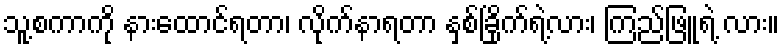
သူ့စကာကို နားထောင်ရတာ၊ လိုက်နာရတာ နှစ်ခြိုက်ရဲ့လား၊ ကြည်ဖြူရဲ့ လား။